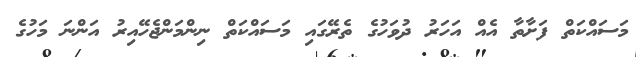
މަސައްކަތް ފަށާތާ އެއް އަހަރު ދުވަހުގެ ތެރޭގައި މަސައްކަތް ނިންމަންޖެހޭއިރު އަންނަ މަހުގެ